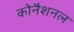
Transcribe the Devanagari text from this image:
कोनैशनल